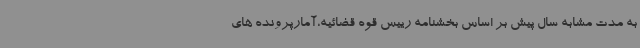
به مدت مشابه سال پیش بر اساس بخشنامه رییس قوه قضائیه،آمارپرونده های